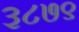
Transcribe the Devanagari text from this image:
३८७९